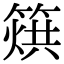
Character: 𥰲